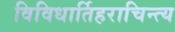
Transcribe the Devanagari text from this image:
विविधार्तिहराचिन्त्य